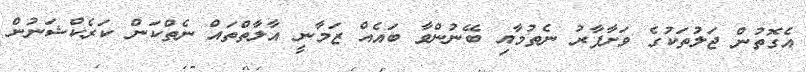
އެގޮތުން ޖަލުތަކުގެ ވަށާފާރު ނެތުމާއި ބޭނުންވާ ބައެއް ޒަމާނީ އާލާތްތައް ނެތްކަން ކަރެކްޝަނުން